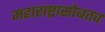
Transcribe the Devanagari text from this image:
महाराष्ट्रासोबतच